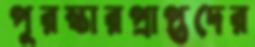
পুরস্কারপ্রাপ্তদের